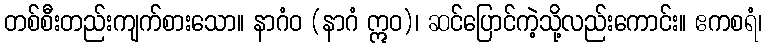
တစ်စီးတည်းကျက်စားသော။ နာဂံဝ (နာဂံ ဣဝ)၊ ဆင်ပြောင်ကဲ့သို့လည်းကောင်း။ ဧကစရံ၊